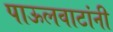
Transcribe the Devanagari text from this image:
पाऊलवाटांनी